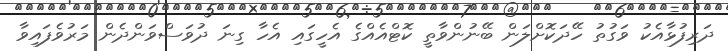
ދަރިފުޅާއެކު ވަގުތު ހޭދަކޮށްލަން ބޭނުންވާތީ ކޮޓްއެއްގެ އެހީގައި އެހާ ގިނަ ދުވަސްވަންދެން މަރުވެފައިވާ